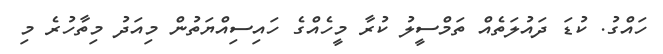
ހައްގު. ކުޑަ ދައުލަތެއް ތަމްސީލު ކުރާ މީހެއްގެ ހައިސިއްޔަތުން މިއަދު މިތާހުރެ މި